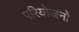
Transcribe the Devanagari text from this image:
परियोजनो